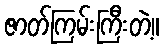
ဇာတ်ကြမ်းကြီးတဲ့။